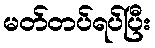
မတ်တပ်ရပ်ပြီး